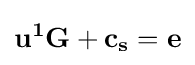
\mathbf {u^{1}G+c_{s}=e}